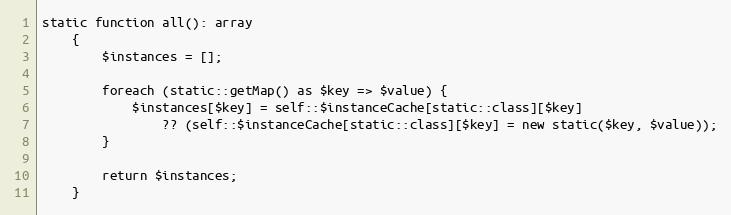
Language: PHP
static function all(): array
    {
        $instances = [];

        foreach (static::getMap() as $key => $value) {
            $instances[$key] = self::$instanceCache[static::class][$key]
                ?? (self::$instanceCache[static::class][$key] = new static($key, $value));
        }

        return $instances;
    }